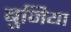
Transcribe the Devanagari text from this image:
बुनिया